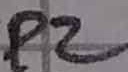
Text: P2